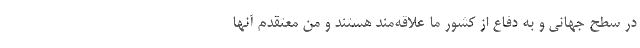
در سطح جهانی و به دفاع از کشور ما علاقه‌مند هستند و من معتقدم آنها